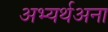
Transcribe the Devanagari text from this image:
अभ्यर्थअना